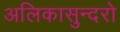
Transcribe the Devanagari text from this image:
अलिकासुन्दरो